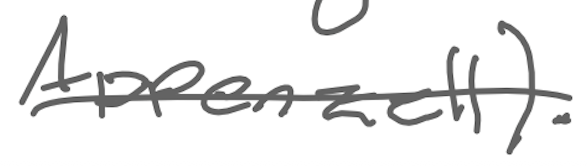
Text: Appenzell).
Cross-out: single-line
Writing tool: digital_gray